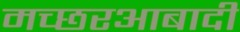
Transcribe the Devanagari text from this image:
मच्छरआबादी